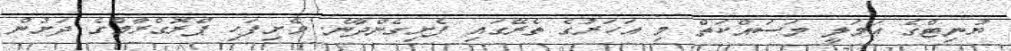
ޔުނިޓްގެ ޢަމަލީ މަސައްކަތް މި އަހަރުގެ ތެރޭގައި ފެށިގެންދާނެ. ވެށިފަހި ޕްރޮގްރާމްގެ ދަށުން